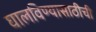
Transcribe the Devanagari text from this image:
घालविण्यासाठीची